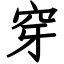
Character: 穿